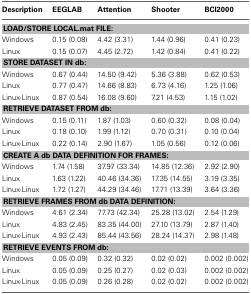
<table><thead><tr><td><b>Description</b></td><td><b>EEGLAB</b></td><td><b>Attention</b></td><td><b>Shooter</b></td><td><b>BCI2000</b></td></tr></thead><tbody><tr><td colspan="5"><b>LOAD/STORE LOCAL.mat FILE:</b></td></tr><tr><td>Windows</td><td>0.15 (0.08)</td><td>4.42 (3.31)</td><td>1.44 (0.96)</td><td>0.41 (0.23)</td></tr><tr><td>Linux</td><td>0.15 (0.07)</td><td>4.45 (2.72)</td><td>1.42 (0.84)</td><td>0.41 (0.22)</td></tr><tr><td colspan="5"><b>STORE DATASET IN db:</b></td></tr><tr><td>Windows</td><td>0.67 (0.44)</td><td>14.50 (9.42)</td><td>5.36 (3.88)</td><td>0.62 (0.53)</td></tr><tr><td>Linux</td><td>0.77 (0.47)</td><td>14.66 (8.83)</td><td>6.73 (4.16)</td><td>1.25 (1.06)</td></tr><tr><td>Linux-Linux</td><td>0.87 (0.54)</td><td>16.08 (9.60)</td><td>7.21 (4.53)</td><td>1.15 (1.02)</td></tr><tr><td colspan="5"><b>RETRIEVE DATASET FROM db:</b></td></tr><tr><td>Windows</td><td>0.15 (0.11)</td><td>1.87 (1.03)</td><td>0.60 (0.32)</td><td>0.08 (0.04)</td></tr><tr><td>Linux</td><td>0.18 (0.10)</td><td>1.99 (1.12)</td><td>0.70 (0.31)</td><td>0.10 (0.04)</td></tr><tr><td>Linux-Linux</td><td>0.22 (0.14)</td><td>2.90 (1.67)</td><td>1.05 (0.56)</td><td>0.12 (0.06)</td></tr><tr><td colspan="5"><b>CREATE A db DATA DEFINITION FOR FRAMES:</b></td></tr><tr><td>Windows</td><td>1.74 (1.58)</td><td>37.97 (33.34)</td><td>14.85 (12.36)</td><td>2.92 (2.90)</td></tr><tr><td>Linux</td><td>1.63 (1.22)</td><td>40.46 (34.36)</td><td>17.35 (14.55)</td><td>3.19 (3.35)</td></tr><tr><td>Linux-Linux</td><td>1.72 (1.27)</td><td>44.29 (34.46)</td><td>17.71 (13.39)</td><td>3.64 (3.36)</td></tr><tr><td colspan="5"><b>RETRIEVE FRAMES FROM db DATA DEFINITION:</b></td></tr><tr><td>Windows</td><td>4.61 (2.34)</td><td>77.73 (42.34)</td><td>25.28 (13.02)</td><td>2.54 (1.29)</td></tr><tr><td>Linux</td><td>4.83 (2.45)</td><td>83.35 (44.00)</td><td>27.10 (13.79)</td><td>2.87 (1.40)</td></tr><tr><td>Linux-Linux</td><td>4.93 (2.43)</td><td>85.44 (43.56)</td><td>28.24 (14.37)</td><td>2.98 (1.48)</td></tr><tr><td colspan="5"><b>RETRIEVE EVENTS FROM db:</b></td></tr><tr><td>Windows</td><td>0.05 (0.09)</td><td>0.32 (0.32)</td><td>0.02 (0.02)</td><td>0.002 (0.002)</td></tr><tr><td>Linux</td><td>0.05 (0.09)</td><td>0.25 (0.27)</td><td>0.02 (0.03)</td><td>0.002 (0.002)</td></tr><tr><td>Linux-Linux</td><td>0.05 (0.09)</td><td>0.26 (0.28)</td><td>0.02 (0.02)</td><td>0.002 (0.002)</td></tr></tbody></table>